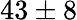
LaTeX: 43\pm 8